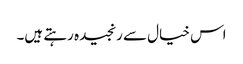
اس خیال سے رنجیدہ رہتے ہیں۔